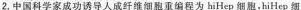
2.中国科学家成功诱导人成纤维细胞重编程为hiHep细胞。hiHep细